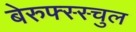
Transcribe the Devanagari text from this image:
बेरुफ्स्स्चुल